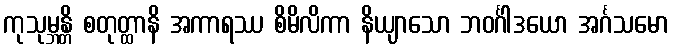
ကုသုမ္ဘန္တိ စတုတ္ထာနိ အကာရဿ စိမိလိကာ နိယျာသော ဘဝင်္ဂါဒယော အင်္ဂသမော